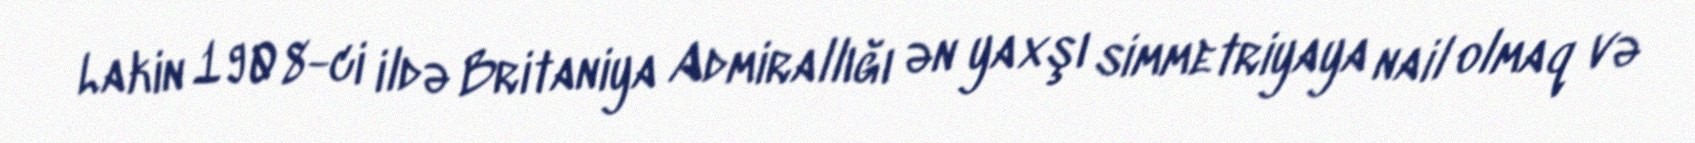
Lakin 1908-ci ildə Britaniya Admirallığı ən yaxşı simmetriyaya nail olmaq və